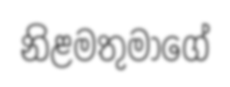
නිළමතුමාගේ